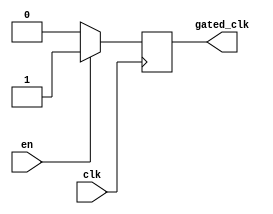
module ClockGatingBuffer (
    input wire clk,        // Main clock signal
    input wire en,         // Enable signal for clock gating
    output wire gated_clk  // Gated clock output
);

// Internal signal to hold the gated clock
reg gated_clk_reg;

// Always block to control the gated clock based on the enable signal
always @(posedge clk) begin
    if (en) begin
        gated_clk_reg <= 1'b1;  // Pass through the clock when enabled
    end else begin
        gated_clk_reg <= 1'b0;  // Hold low when disabled
    end
end

// Assign the gated clock output
assign gated_clk = gated_clk_reg;

endmodule